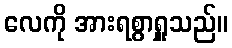
လေကို အားရစွာရှူသည်။